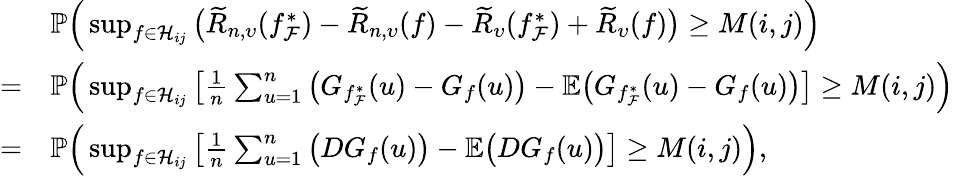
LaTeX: \begin{array}{rl}&{\mathbb{P}\Big(\operatorname*{sup}_{f\in\mathcal{H}_{ij}}\big(\widetilde{R}_{n,\upsilon}(f_{\mathcal{F}}^{*})-\widetilde{R}_{n,\upsilon}(f)-\widetilde{R}_{\upsilon}(f_{\mathcal{F}}^{*})+\widetilde{R}_{\upsilon}(f)\big)\geq M(i,j)\Big)}\\ {=}&{\mathbb{P}\Big(\operatorname*{sup}_{f\in\mathcal{H}_{ij}}\big[\frac{1}{n}\sum_{u=1}^{n}\big(G_{f_{\mathcal{F}}^{*}}(u)-G_{f}(u)\big)-\mathbb{E}\big(G_{f_{\mathcal{F}}^{*}}(u)-G_{f}(u)\big)\big]\geq M(i,j)\Big)}\\ {=}&{\mathbb{P}\Big(\operatorname*{sup}_{f\in\mathcal{H}_{ij}}\big[\frac{1}{n}\sum_{u=1}^{n}\big(DG_{f}(u)\big)-\mathbb{E}\big(DG_{f}(u)\big)\big]\geq M(i,j)\Big),}\end{array}